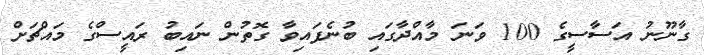
ގާނޫނު އަސާސީގެ 100 ވަނަ މާއްދާގައި ބުނެފައިވާ ގޮތުން ނައިބު ރައީސްގެ މައްޗަށް